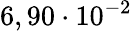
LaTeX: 6,90\cdot 10^{-2}